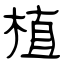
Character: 植